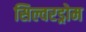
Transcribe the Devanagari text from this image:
सिल्वरड्रोम